Memorandum on the prevention of leprosy by segregation of the affected
Disease focus: Leprosy
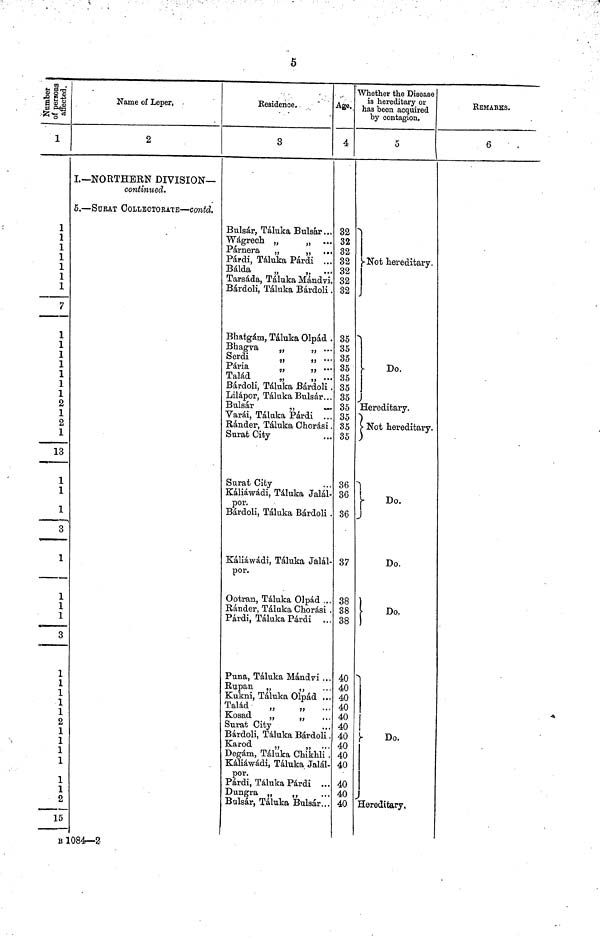
5
affected.
1
1
1
1
1
1
1
1
7
1
1
1
1
1
1
1
2
1
2
1
13
1
1
1
3
1
--
1
1
1
3
1
1
1
1
1
2
1
1
1
1
1
1
2
15
Name of Leper,
2
I.— NORTHERN DIVISION—
continued.
5. — SURAT COLLECTORATE — Contd.
Residence,
3
Bulsar, Táluka Bulsar...
Wágrech „
„ ...
Parnera „
„ ...
Párdi, Táluka Párdi ...
Bálda
„
„ ...
Tarsáda, Táluka Mándvi.
Bárdoli, Táluka Bárdoli .
Bhatgám, Táluka Olpad .
Bhagva
„
„ ...
Serai
„
„ ...
Pária
„
„ ...
Talád
„
, ..
Bárdoli, Táluka Bárdoli
Lilápor, Táluka Bulsar..
Bulsar
"
Varái, Táluka Párdi ..
Bander, Táluka Chorasi
Surat City
Surat City
Káliáwádi, Táluka Jalál
por.
Bárdoli, Táluka Bárdoli
Kaliawadi, Táluka Jala'
por.
Ootran, Táluka Olpad ..
Ránder, Táluka Chorasi
Párdi, Táluka Párdi .
Puna, Táluka Mándvi .
Rupan „
„
.
Kukni, Táluka Olpad .
Talád
„
„
Kosad
„
„
Surat City
Bárdoli, Táluka Bárdoli
Karod
„
„ .
Degám, Tluka Chikhli
Kaliawadi, Táluka Jala
por.
Párdi, Táluka Párdi .
Dungra „
„
Bulsar, Táluka Bulsar.
Age..
4,
32
32
32
32
32
32
32
35
35
35
35
35
35
35
35
35
35
35
36
36
36
37
38
38
38
40
40
40
40
40
40
40
40
40
40
40
40
40
Whether the Disease
is hereditary or
has been acquired
by contagion,
5
Not hereditary.
Do.
Hereditary.
Not hereditary.
Do.
Do.
Do.
1
1
Do.
Hereditary,
REMARKS.
6
B 1084—2